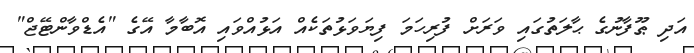
އަދި ޠޫފާނުގެ ޙާލަތުގައި ވަރަށް ފުރިހަމަ ފިޔަވަޅުތަކެއް އަޅުއްވައި އޮބާމާ އޭގެ "އެޑްވާންޓޭޖް"